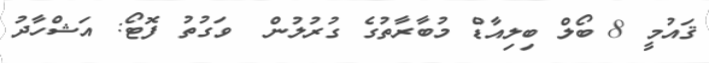
ޤައުމީ 8 ބޯލް ބިލިއާޑް މުބާރާތުގެ ގުރުލުން  ވަގުތު ފޮޓޯ: އަޝްހާދު